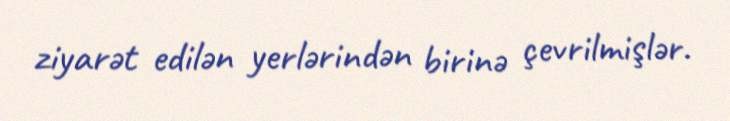
ziyarət edilən yerlərindən birinə çevrilmişlər.